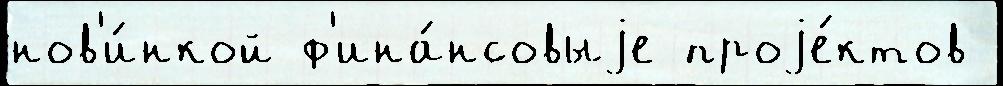
нов'и́нкой ф'ина́нсовыjе проjе́ктов